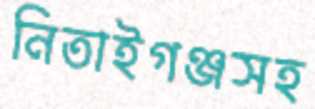
নিতাইগঞ্জসহ